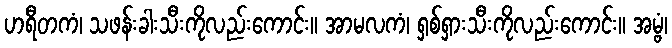
ဟရီတကံ၊ သဖန်းခါးသီးကိုလည်းကောင်း။ အာမလကံ၊ ရှစ်ရှားသီးကိုလည်းကောင်း။ အမ္ဗံ၊